Indian journal of veterinary science and animal husbandry - Volumes 22-23, 1952-1953
Year: 1952
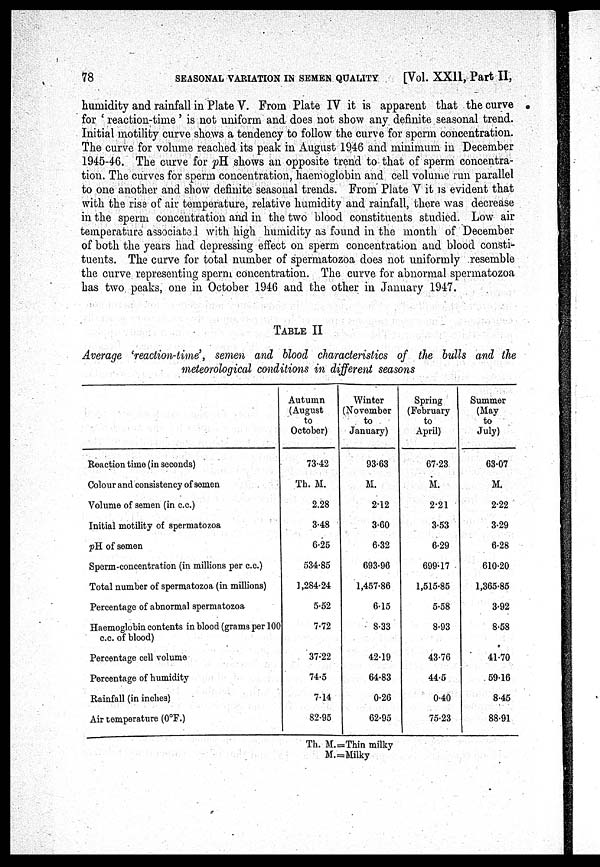
78
SEASONAL VARIATION IN SEMEN QUALITY
[Vol. XX11, Part II,
humidity and rainfall in Plate V. From Plate IV it is apparent that the curve
for 'reaction-time' is not uniform and does not show any definite seasonal trend.
Initial motility curve shows a tendency to follow the curve for sperm concentration.
The curve for volume reached its peak in August 1946 and minimum in December
1945-46. The curve for pH shows an opposite trend to- that of sperm concentra-
tion. The curves for sperm concentration, haemoglobin and cell volume run parallel
to one another and show definite seasonal trends. From Plate V it is evident that
with the rise of air temperature, relative humidity and rainfall, there was decrease
in the sperm concentration and in the two blood constituents studied. Low air
temperature associated with high humidity as found in the month of December
of both the years had depressing effect on sperm concentration and blood consti-
tuents. The curve for total number of spermatozoa does not uniformly resemble
the curve representing sperm concentration. The curve for abnormal spermatozoa
has two peaks, one in October 1946 and the other in January 1947.
TABLE II
Average 'reaction-time', semen and blood characteristics of the bulls and the
meteorological conditions in different seasons
Reaction time (in seconds)
Colour and consistency of semen
Volume of semen (in c.c.)
Initial motility of spermatozoa
pH of semen
Sperm-concentration (in millions per c.c.)
Total number of spermatozoa (in millions)
Percentage of abnormal spermatozoa
Haemoglobin contents in blood (grams per 100
c.c. of blood)
Percentage cell volume
Percentage of humidity
Rainfall (in inches)
Air temperature (0°F.)
Autumn
(August
to
October)
73.42
Th. M.
2.28
3.48
6.25
534.85
1,284.24
5.52
7.72
37.22
74.5
7.14
82.95
Winter
(November
to
January)
93.63
M.
2.12
3.60
6.32
693.96
1,457.86
6.15
8.33
42.19
64.83
0.26
62.95
Spring
(February
to
April)
67.23
M.
2.21
3.53
6.29
699.17
1,515.85
5.58
8.93
43.76
44.5
0.40
75.23
Summer
(May
to
July)
63.07
M.
2.22
3.29
6.28
610.20
1,365.85
3.92
8.58
41.70
59.16
8.45
88.91
Th. M.=Thin milky
M.=Milky